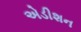
એડીશન